Regulations for the medical services of the Army of India
Year: 1930
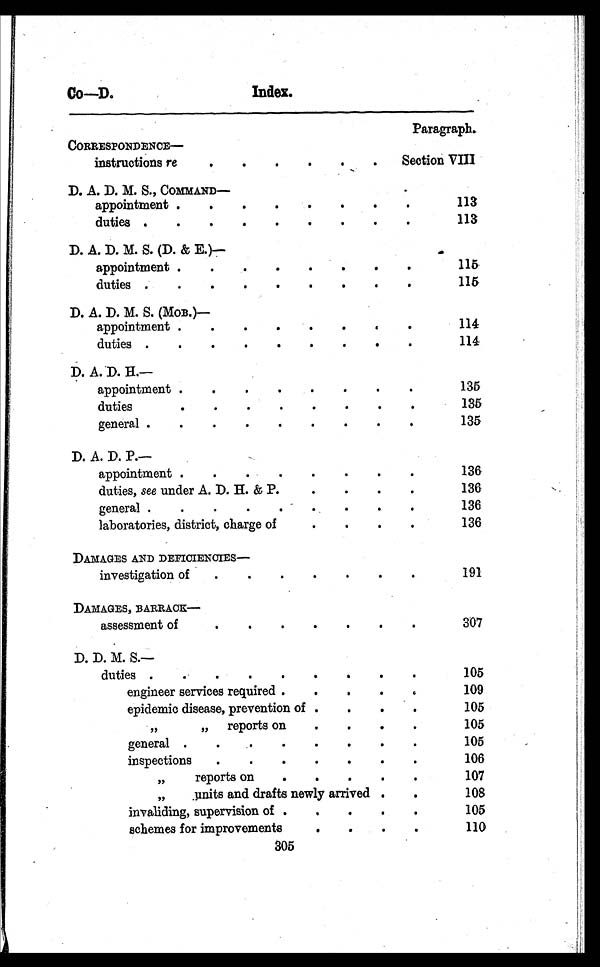
Co—D.
Index.
Paragraph.
CORRESPONDENCE—
instructions r e
.
.
.
.
.
.
Section VIII
D. A. D. M. S., COMMAND—
appointment .
.
.
.
.
.
.
.
113
dutie .
.
.
.
.
.
.
.
.
113
D. A. D. M. S. (D. & E.)—
appointment .
.
.
.
.
.
.
.
115
duties .
.
.
.
.
.
.
.
.
115
D. A. D. M. S. (MOB.)—
appointment .
.
.
.
.
.
.
.
114
duties .
.
.
.
.
.
.
.
.
114
D. A. D. H.—
appointment.
.
.
.
.
.
.
.
135
duties
.
.
.
.
.
.
.
.
135
general .
.
.
.
.
.
.
.
.
135
D. A. D. P.—
appointment.
.
.
.
.
.
.
.
136
duties, see under A. D. H. & P.
.
. .
.
136
general
. .
.
.
.
.
.
.
.
1 3 6
laboratories, district, charge of
.
.
.
.
1 3 6
DAMAGES AND DEFICIENCIES—
investigation of
.
.
.
.
.
.
.
191
DAMAGES, BARRACK—
assessment of
.
.
.
.
.
.
.
307
D. D. M. S.—
duties .
.
.
.
.
.
.
.
.
105
engineer services required .
.
.
.
.
109
epidemic disease, prevention of .
.
.
.
105
,,
,, reports on
.
.
.
.
105
general
.
.
.
.
.
.
.
1 0 5
inspection
. .
.
.
.
.
.
1 0 6
,,
reports on
.
.
.
.
.
107
„
units and drafts newly arrived .
.
108
invaliding, supervision of .
.
.
.
.
105
schemes for improvement
.
.
.
. _
1 1 0
305